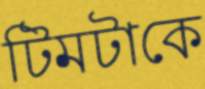
টিমটাকে